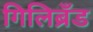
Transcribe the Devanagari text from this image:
गिलिब्रँड